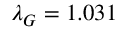
\lambda _ { G } = 1 . 0 3 1